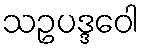
သဥပဒ္ဒဝေါ